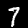
Digit: 7